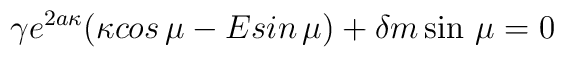
\gamma e^{2a\kappa }(\kappa cos\,\mu -Esin\,\mu )+\delta m\sin \,\mu =0